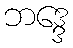
ဘဒ္ဒေ